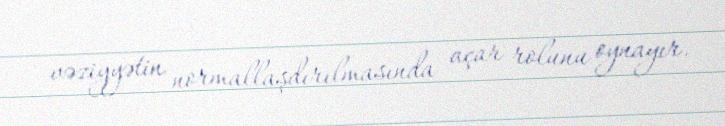
vəziyyətin normallaşdırılmasında açar rolunu oynayır.